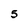
Character: 5